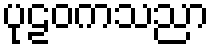
ပုဠဝကသညာ